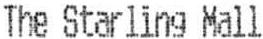
THE STARLING MALL